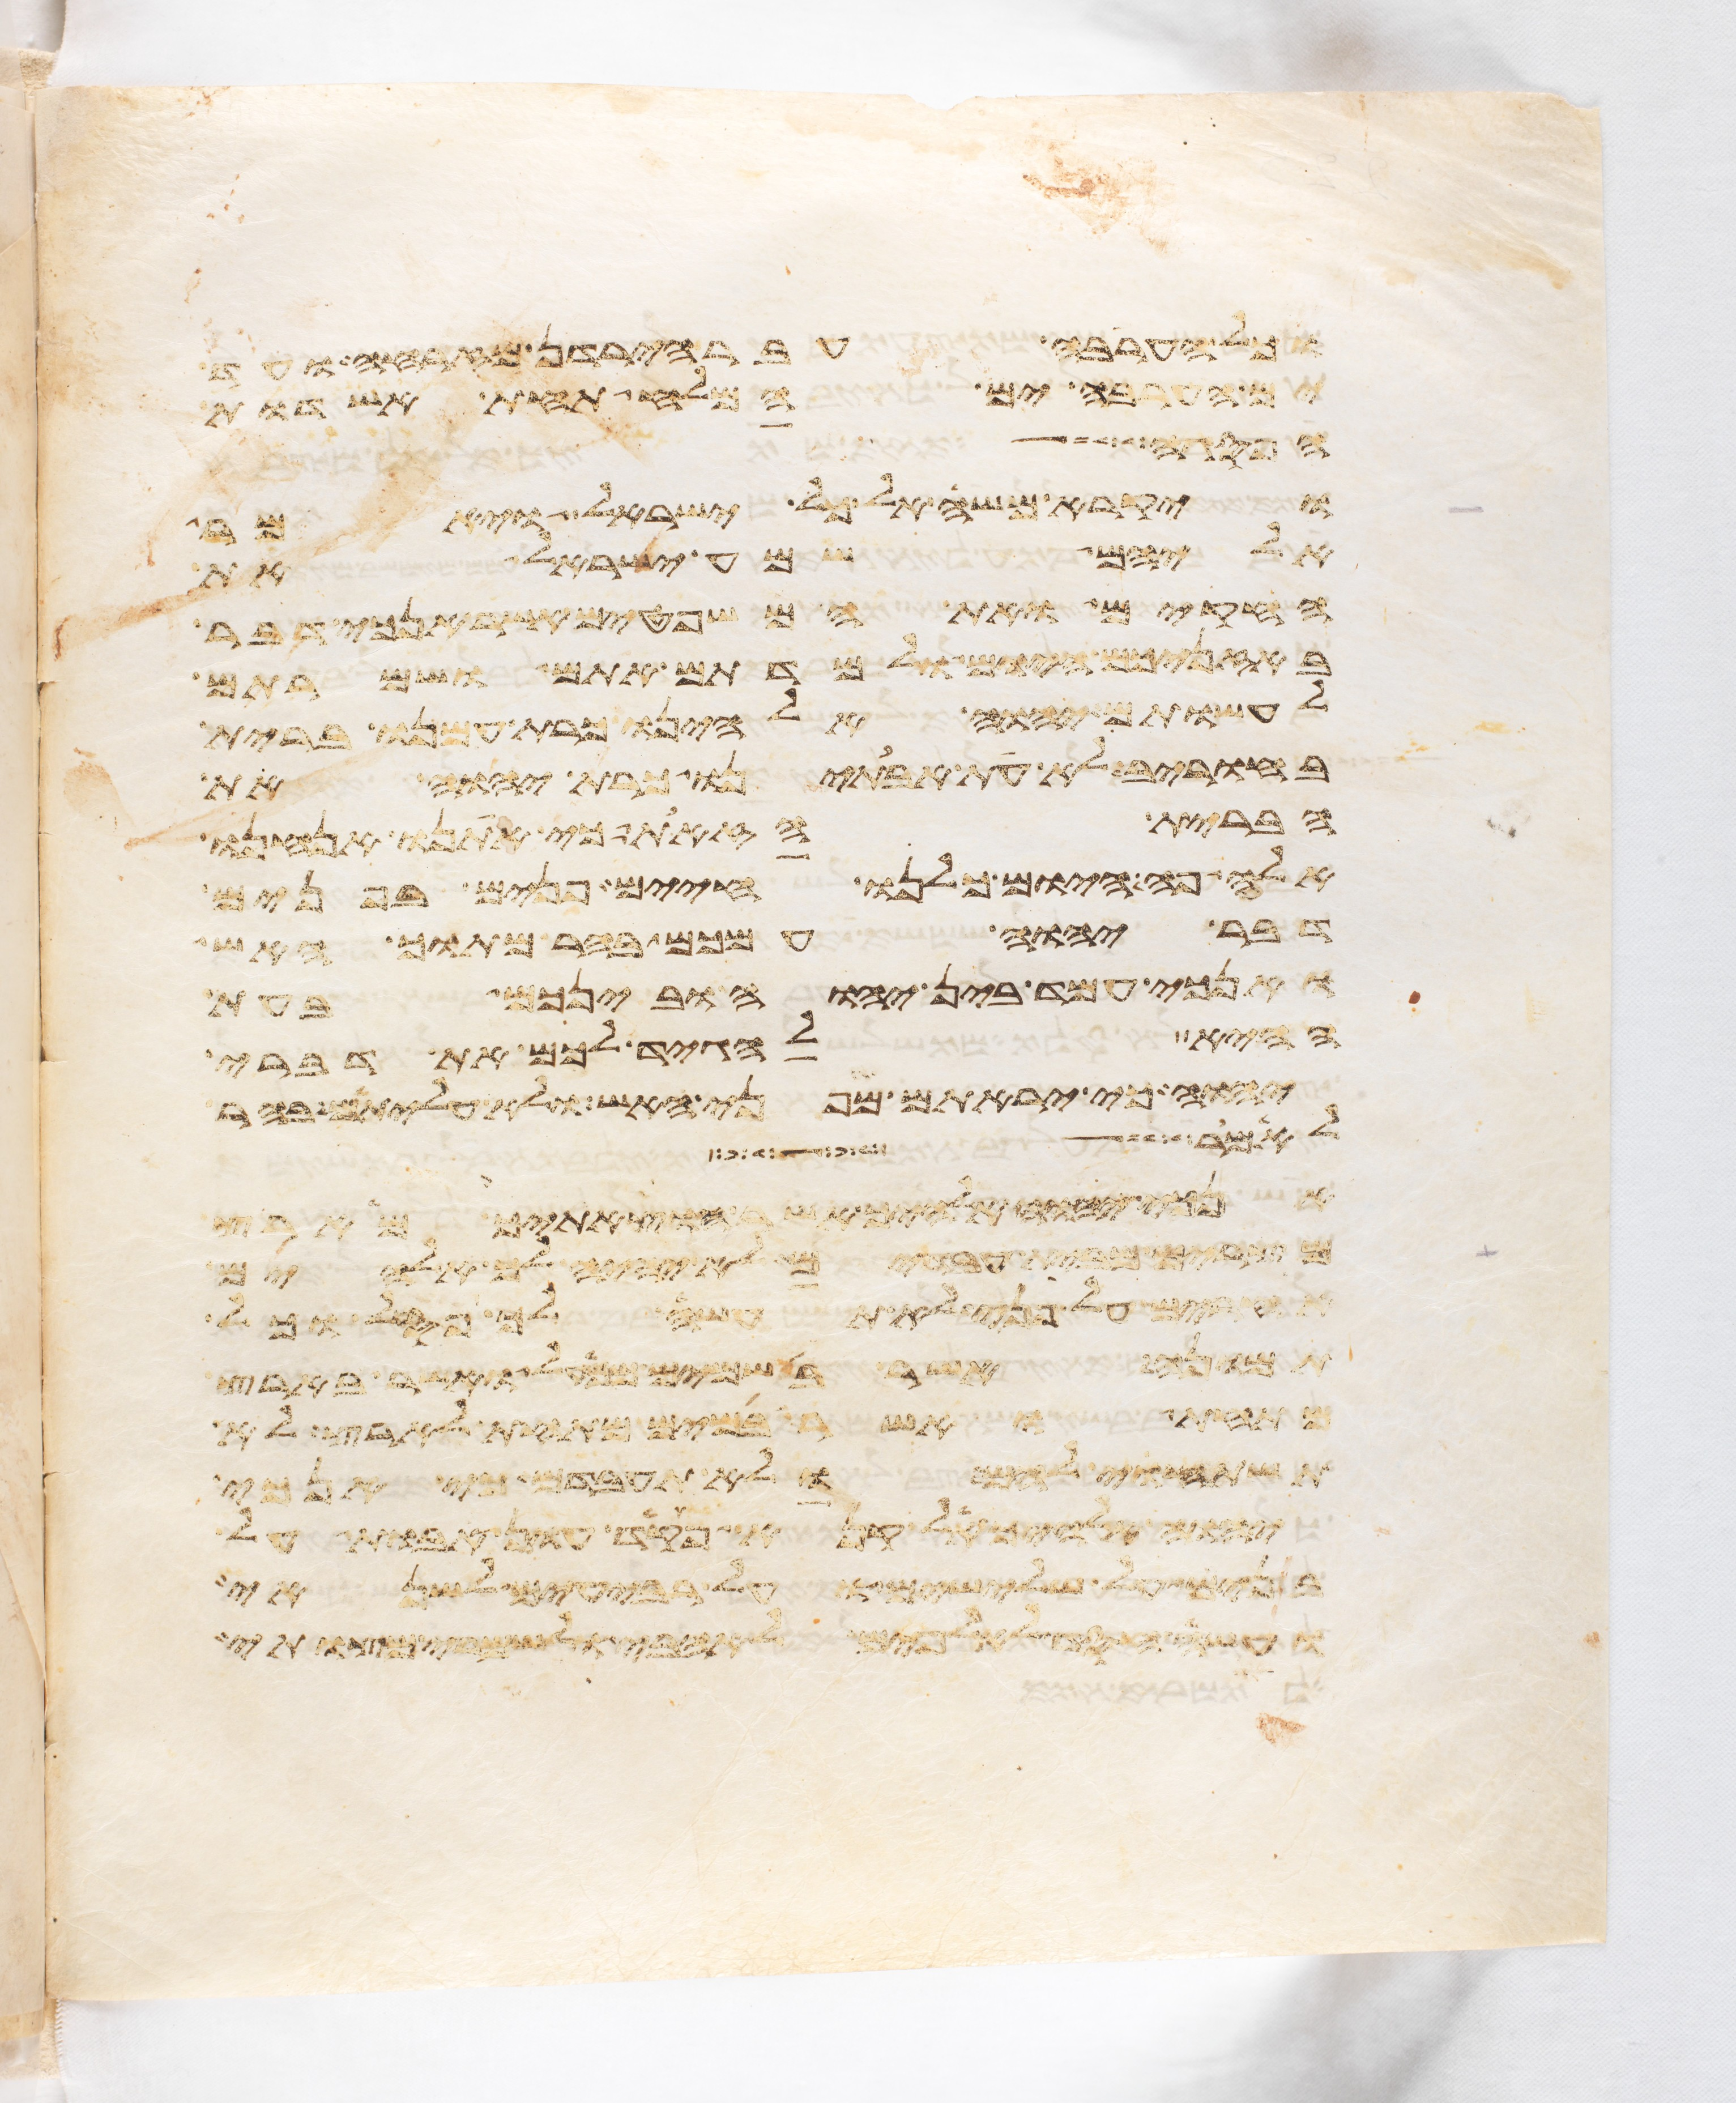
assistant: וכל הערבה עבר הירדן מזרחה ועד
ים הערבה ים המלח תחת אשדות
הפרה
ויקרא משה אל כל ישראל ויאמר
אליהם שמע ישראל את
החקים ואת המשפטים אשר אנכי דבר
באזניכם היום ולמדתם אתם ושמרתם
לעשותם יהוה אלהינו כרת עמנו ברית
בחורב לא את אבתינו כרת יהוה את
הברית הזאת כי אתנו אנחנו
אלה פה היום כלנו חיים פנים בפנים
דבר יהוה עמכם בהר מתוך האש
ואנכי עמד בין יהוה ובינכם בעת
ההיא להגיד לכם את דברי
יהוה כי יראתם מפני האש ולא עליתם בהר
לאמר
אנכי יהוה אלהיך אשר הוצאתיך מארץ
מצרים מבית עבדים לא יהיה לך אלהים
אחרים על פני לא תעשה לך פסל וכל
תמונה אשר בשמים ממעל ואשר בארץ
מתחת ואשר במים מתחת לארץ לא
תשתחוה להם ולא תעבדם כי אנכי
יהוה אלהיך אל קנא פקד עון אבות על
בנים על שלישים ועל רביעים לשנאי
ועשה חסד לאלפים לאהבי ולשמרי מצותי